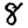
Digit: 8